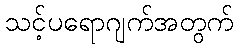
သင့်ပရောဂျက်အတွက်